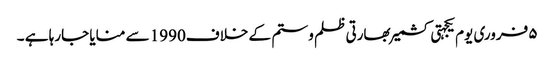
۵ فروری یوم یکجہتی کشمیر بھارتی ظلم و ستم کے خلاف1990 سے منایا جارہا ہے ۔